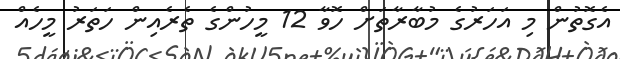
އެގޮތުން މި އަހަރުގެ މުބާރާތަށް ހޮވާ 12 މީހުންގެ ތެރެއިން ހަތަރު މީހެއް